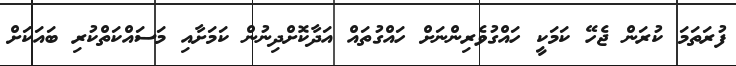
ފުރަތަމަ ކުރަން ޖެހޭ ކަމަކީ ހައްގުވެރިންނަށް ހައްގުތައް އަދާކޮށްދިނުން ކަމަށާއި މަސައްކަތްކުރި ބައަކަށް